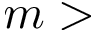
m \textgreater